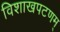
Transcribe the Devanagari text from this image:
विशाखपटणम्‌